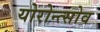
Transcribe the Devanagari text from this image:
योरोन्त्सोव